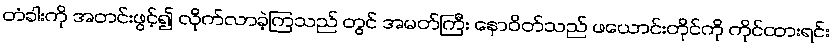
တံခါးကို အတင်းဖွင့်၍ လိုက်လာခဲ့ကြသည် တွင် အမတ်ကြီး နောဝိတ်သည် ဖယောင်းတိုင်ကို ကိုင်ထားရင်း